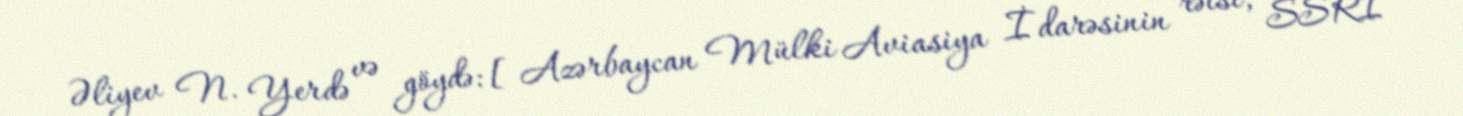
Əliyev N. Yerdə və göydə: [Azərbaycan Mülki Aviasiya İdarəsinin rəisi, SSRİ